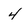
Character: 4